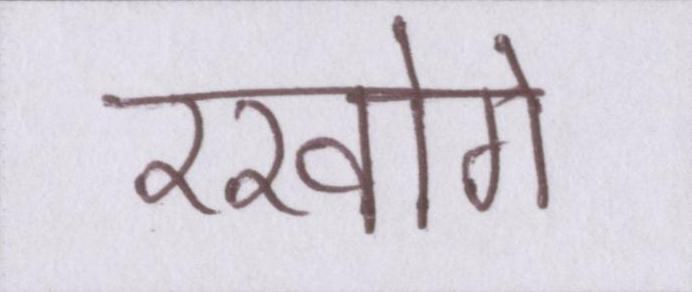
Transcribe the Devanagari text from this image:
रखोगे